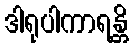
ဒါရုပါကာရန္တိ